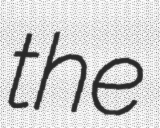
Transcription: the